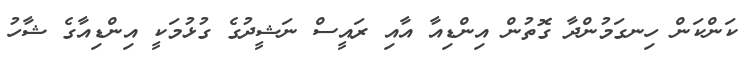
ކަންކަން ހިނގަމުންދާ ގޮތުން އިންޑިއާ އާއި ރައީސް ނަޝީދުގެ ގުޅުމަކީ އިންޑިއާގެ ޝާހު